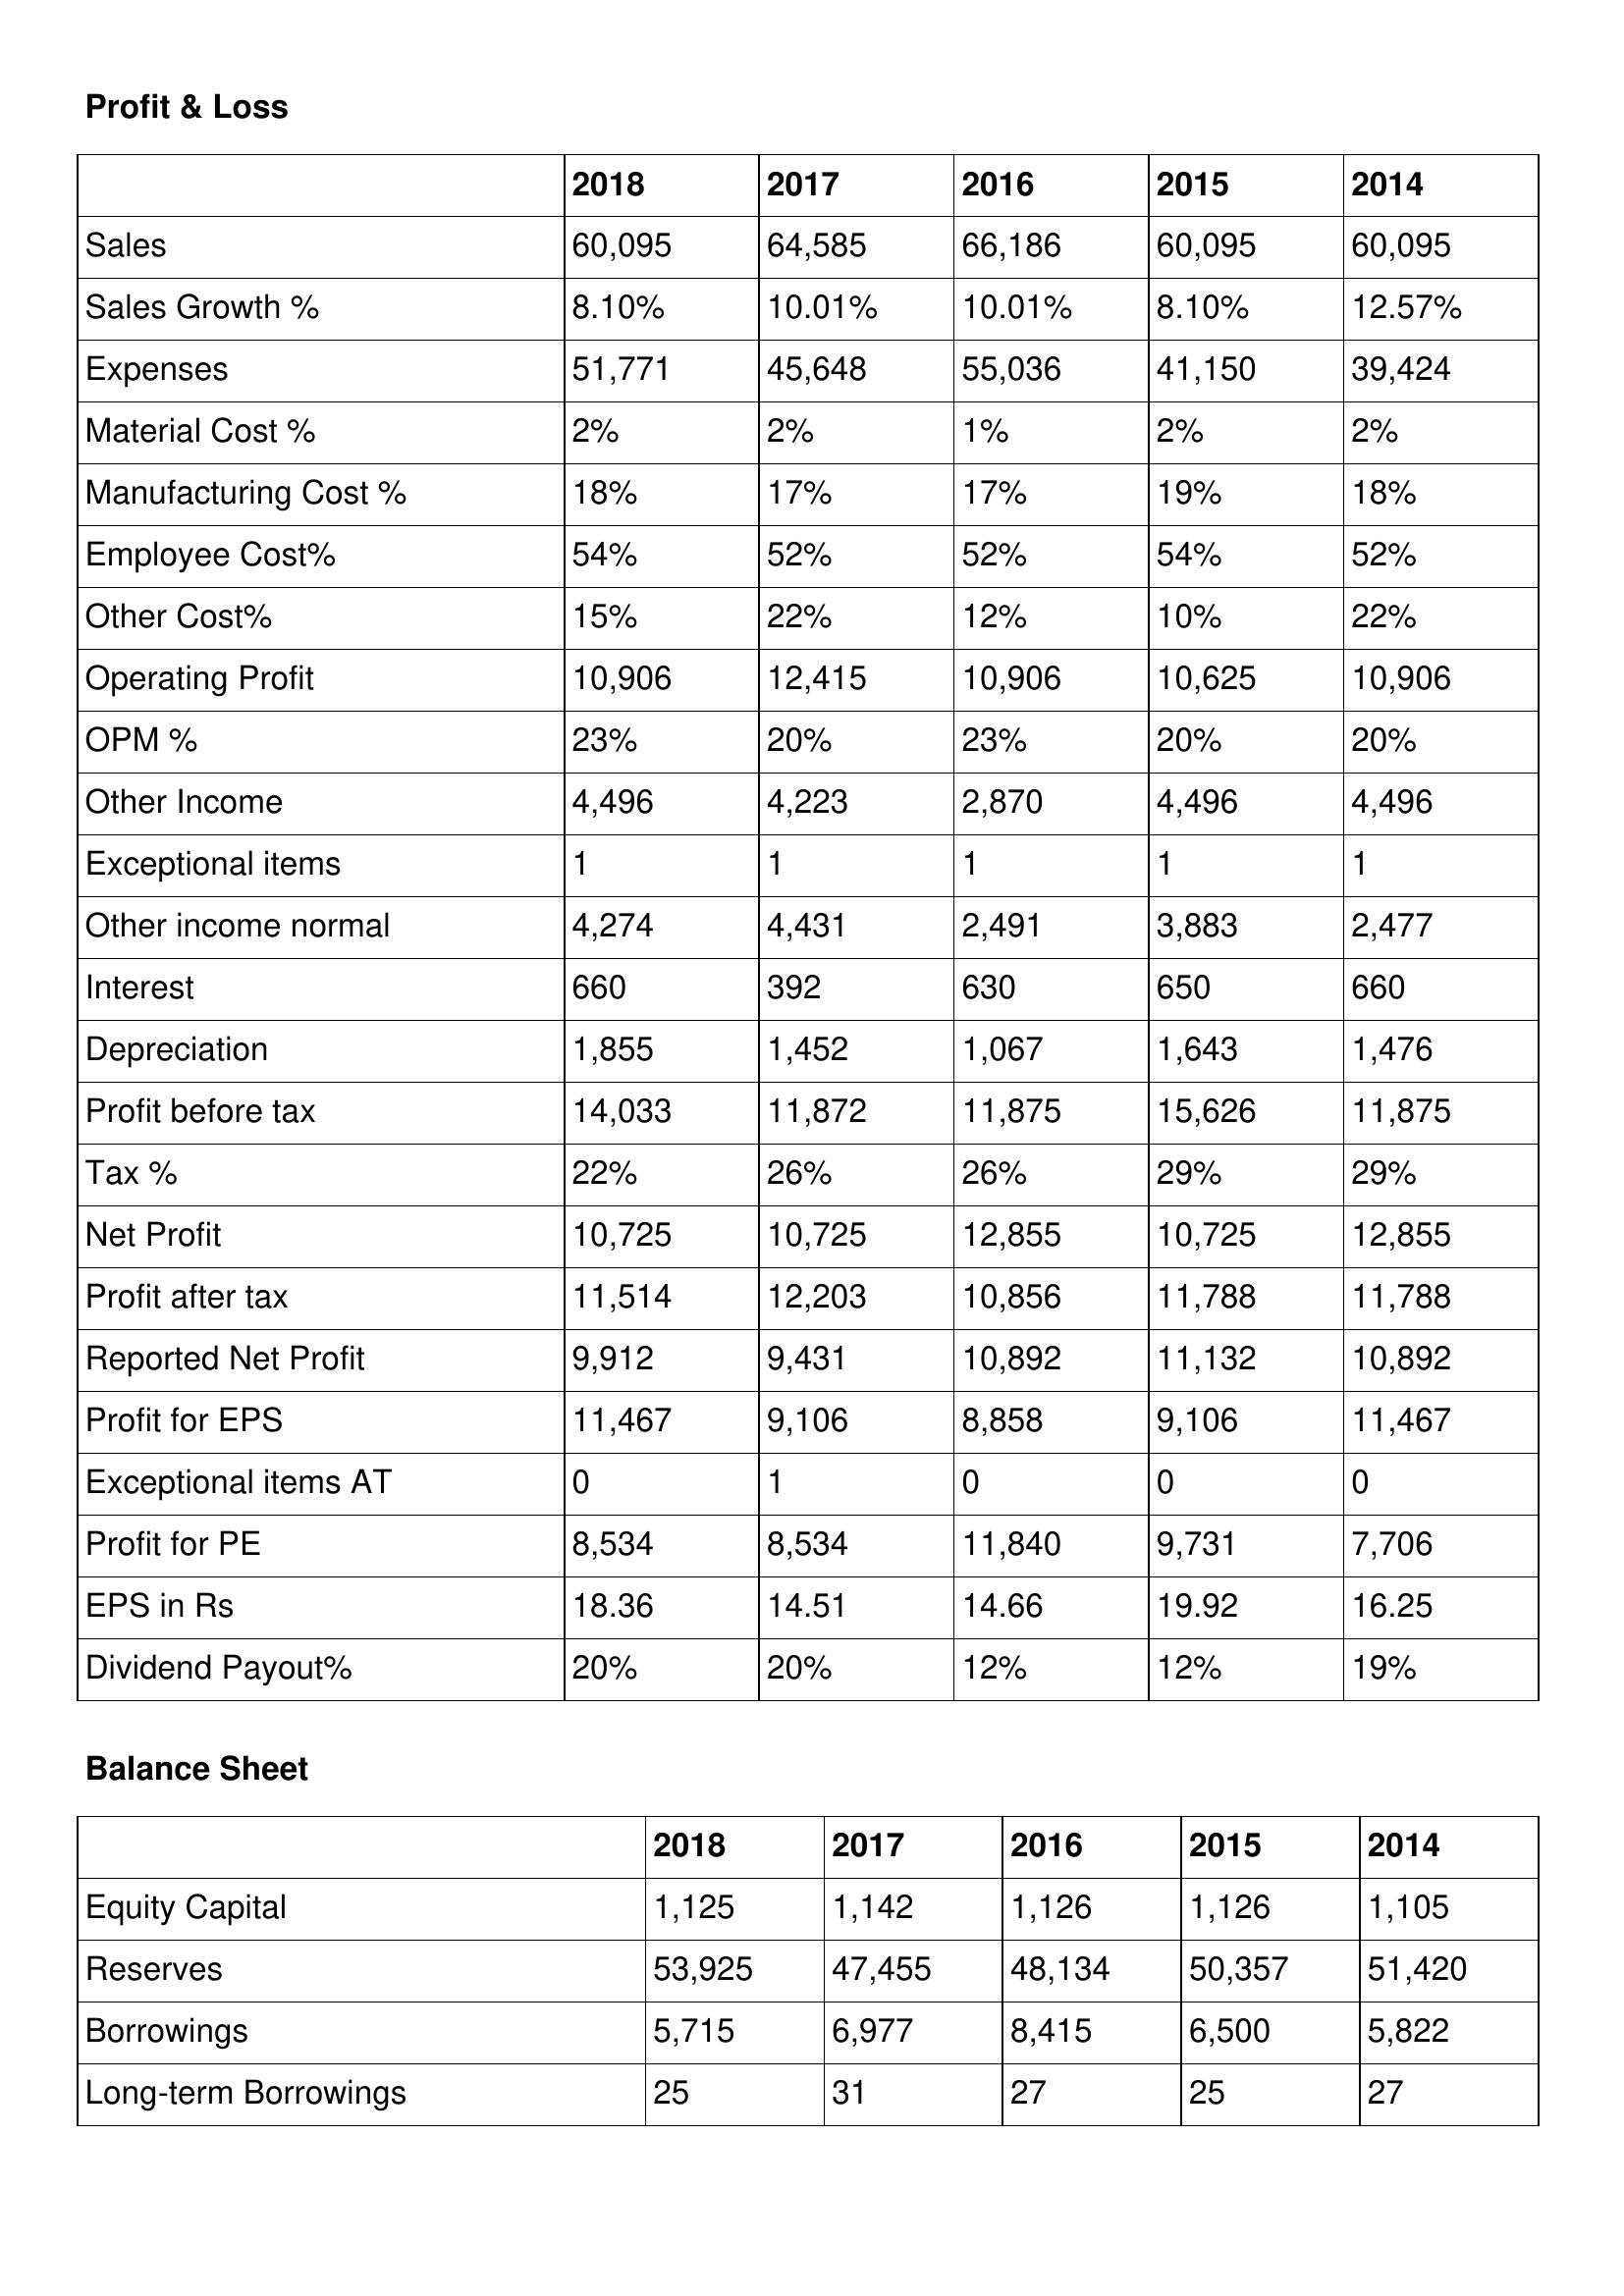
gt_parse: 2018: Profit & Loss: Sales: 60,095
Sales Growth %: 8.10%
Expenses: 51,771
Material Cost %: 2%
Manufacturing Cost %: 18%
Employee Cost%: 54%
Other Cost%: 15%
Operating Profit: 10,906
OPM %: 23%
Other Income: 4,496
Exceptional items: 1
Other income normal: 4,274
Interest: 660
Depreciation: 1,855
Profit before tax: 14,033
Tax %: 22%
Net Profit: 10,725
Profit after tax: 11,514
Reported Net Profit: 9,912
Profit for EPS: 11,467
Exceptional items AT: 0
Profit for PE: 8,534
EPS in Rs: 18.36
Dividend Payout%: 20%
Balance Sheet: Equity Capital: 1,125
Reserves: 53,925
Borrowings: 5,715
Long-term Borrowings: 25
2017: Profit & Loss: Sales: 64,585
Sales Growth %: 10.01%
Expenses: 45,648
Material Cost %: 2%
Manufacturing Cost %: 17%
Employee Cost%: 52%
Other Cost%: 22%
Operating Profit: 12,415
OPM %: 20%
Other Income: 4,223
Exceptional items: 1
Other income normal: 4,431
Interest: 392
Depreciation: 1,452
Profit before tax: 11,872
Tax %: 26%
Net Profit: 10,725
Profit after tax: 12,203
Reported Net Profit: 9,431
Profit for EPS: 9,106
Exceptional items AT: 1
Profit for PE: 8,534
EPS in Rs: 14.51
Dividend Payout%: 20%
Balance Sheet: Equity Capital: 1,142
Reserves: 47,455
Borrowings: 6,977
Long-term Borrowings: 31
2016: Profit & Loss: Sales: 66,186
Sales Growth %: 10.01%
Expenses: 55,036
Material Cost %: 1%
Manufacturing Cost %: 17%
Employee Cost%: 52%
Other Cost%: 12%
Operating Profit: 10,906
OPM %: 23%
Other Income: 2,870
Exceptional items: 1
Other income normal: 2,491
Interest: 630
Depreciation: 1,067
Profit before tax: 11,875
Tax %: 26%
Net Profit: 12,855
Profit after tax: 10,856
Reported Net Profit: 10,892
Profit for EPS: 8,858
Exceptional items AT: 0
Profit for PE: 11,840
EPS in Rs: 14.66
Dividend Payout%: 12%
Balance Sheet: Equity Capital: 1,126
Reserves: 48,134
Borrowings: 8,415
Long-term Borrowings: 27
2015: Profit & Loss: Sales: 60,095
Sales Growth %: 8.10%
Expenses: 41,150
Material Cost %: 2%
Manufacturing Cost %: 19%
Employee Cost%: 54%
Other Cost%: 10%
Operating Profit: 10,625
OPM %: 20%
Other Income: 4,496
Exceptional items: 1
Other income normal: 3,883
Interest: 650
Depreciation: 1,643
Profit before tax: 15,626
Tax %: 29%
Net Profit: 10,725
Profit after tax: 11,788
Reported Net Profit: 11,132
Profit for EPS: 9,106
Exceptional items AT: 0
Profit for PE: 9,731
EPS in Rs: 19.92
Dividend Payout%: 12%
Balance Sheet: Equity Capital: 1,126
Reserves: 50,357
Borrowings: 6,500
Long-term Borrowings: 25
2014: Profit & Loss: Sales: 60,095
Sales Growth %: 12.57%
Expenses: 39,424
Material Cost %: 2%
Manufacturing Cost %: 18%
Employee Cost%: 52%
Other Cost%: 22%
Operating Profit: 10,906
OPM %: 20%
Other Income: 4,496
Exceptional items: 1
Other income normal: 2,477
Interest: 660
Depreciation: 1,476
Profit before tax: 11,875
Tax %: 29%
Net Profit: 12,855
Profit after tax: 11,788
Reported Net Profit: 10,892
Profit for EPS: 11,467
Exceptional items AT: 0
Profit for PE: 7,706
EPS in Rs: 16.25
Dividend Payout%: 19%
Balance Sheet: Equity Capital: 1,105
Reserves: 51,420
Borrowings: 5,822
Long-term Borrowings: 27